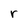
Character: r